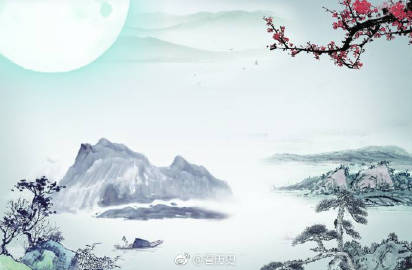
慊慊思归恋故乡，君为淹留寄他方。